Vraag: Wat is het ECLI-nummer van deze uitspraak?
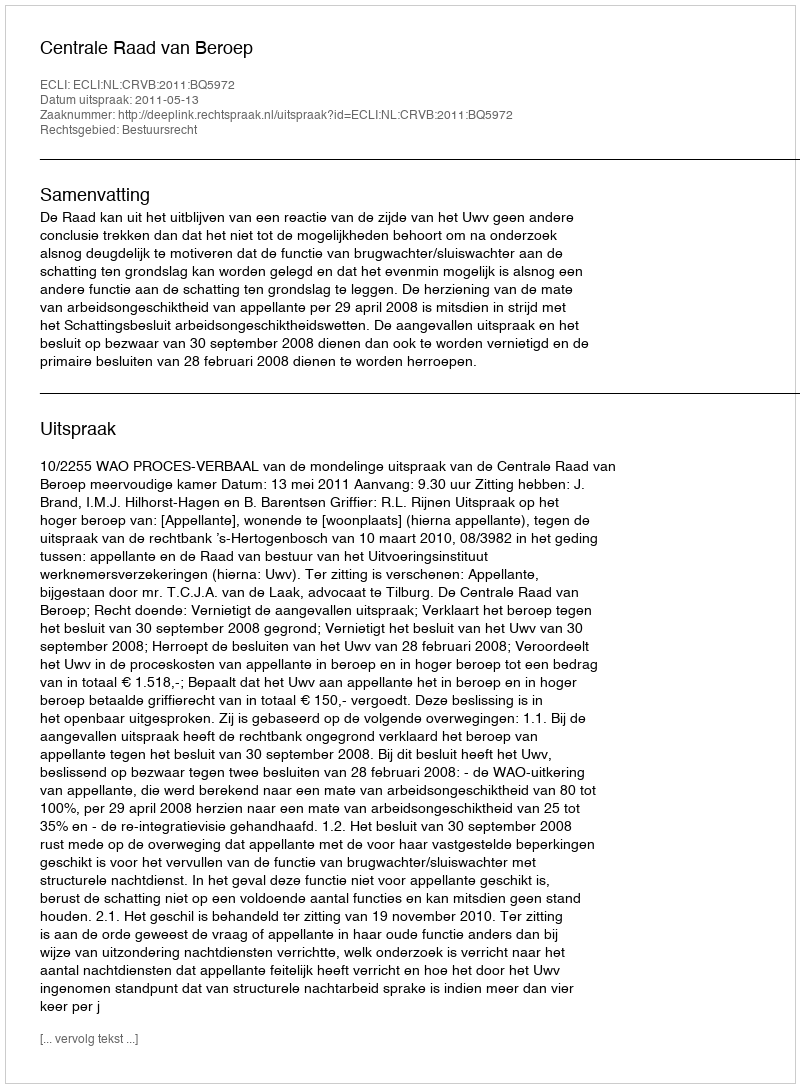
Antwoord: ECLI:NL:CRVB:2011:BQ5972